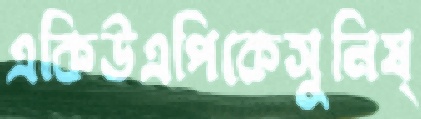
একিউএপিকেসুনিষ্